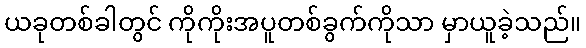
ယခုတစ်ခါတွင် ကိုကိုးအပူတစ်ခွက်ကိုသာ မှာယူခဲ့သည်။